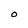
Character: 0